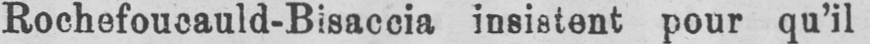
Rochefoucauld-Bisaccia insistent pour qu’il